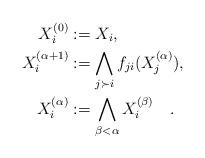
LaTeX: \begin{align*}\-X_i^{(0)} &:= X_i, \\\-X_i^{(\alpha+1)} &:= \bigwedge_{j \succ i} \-f_{ji}(\-X_j^{(\alpha)}), \\\-X_i^{(\alpha)} &:= \bigwedge_{\beta < \alpha} \-X_i^{(\beta)} \quad.\end{align*}